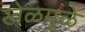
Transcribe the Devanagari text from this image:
खेळमुळे